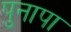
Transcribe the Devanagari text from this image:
पुनापा